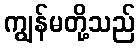
ကျွန်မတို့သည်